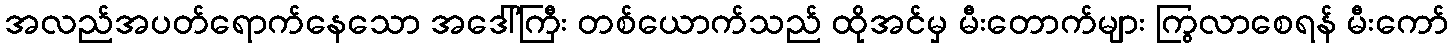
အလည်အပတ်ရောက်နေသော အဒေါ်ကြီး တစ်ယောက်သည် ထိုအင်မှ မီးတောက်များ ကြွလာစေရန် မီးကော်